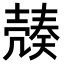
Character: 𡔿